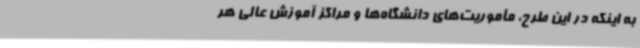
به اینکه در این طرح، مأموریت‌های دانشگاه‌ها و مراکز آموزش عالی هر